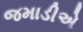
જમાડીએ